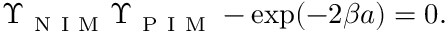
\Upsilon _ { \mathrm { ~ N ~ I ~ M ~ } } \Upsilon _ { \mathrm { ~ P ~ I ~ M ~ } } - \exp ( - 2 \beta a ) = 0 .